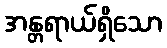
အန္တရာယ်ရှိသော